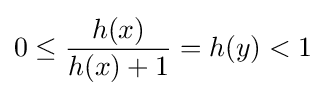
0\leq {\frac {h(x)}{h(x)+1}}=h(y)<1